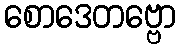
စောဒေတဗ္ဗော